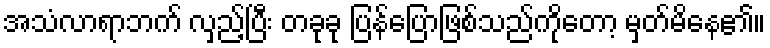
အသံလာရာဘက် လှည့်ပြီး တခုခု ပြန်ပြောဖြစ်သည်ကိုတော့ မှတ်မိနေ၏။